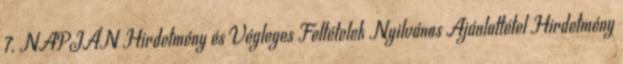
7. NAPJÁN Hirdetmény és Végleges Feltételek Nyilvános Ajánlattétel Hirdetmény